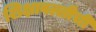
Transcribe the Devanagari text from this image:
शिक्षावल्लीची